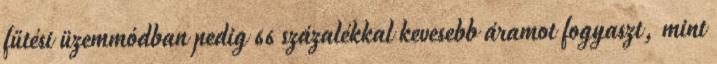
fűtési üzemmódban pedig 66 százalékkal kevesebb áramot fogyaszt, mint